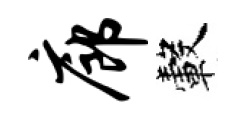
廊轂